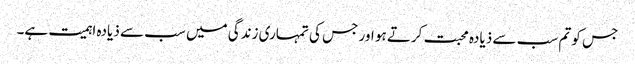
جس کو تم سب سے ذیادہ محبت کرتے ہو اور جس کی تمہاری زندگی میں سب سے ذیادہ اہمیت ہے۔